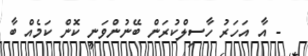
- އާ އަހަރު ހާސިލްކުރަން ބޭނުންވަނީ ކޮން ކަމެއް ބާ